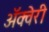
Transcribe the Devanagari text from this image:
अॅक्वेरी